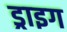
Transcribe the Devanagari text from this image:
ड्राइग